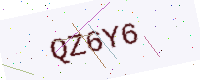
Text: QZ6Y6